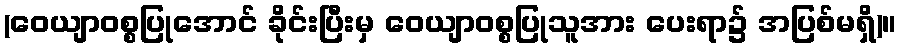
(ဝေယျာဝစ္စပြုအောင် ခိုင်းပြီးမှ ဝေယျာဝစ္စပြုသူအား ပေးရာ၌ အပြစ်မရှိ)။